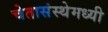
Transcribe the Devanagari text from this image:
चेतासंस्थेमध्यी